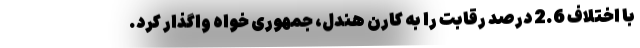
با اختلاف 2.6 درصد رقابت را به کارن هندل، جمهوری خواه واگذار کرد.